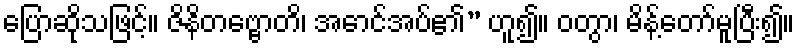
ပြောဆိုသဖြင့်။ ဇိနိတဗ္ဗောတိ၊ အောင်အပ်၏” ဟူ၍။ ဝတွာ၊ မိန့်တော်မူပြီး၍။